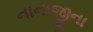
નાનાજીના